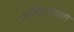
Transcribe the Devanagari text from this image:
फर्डिनांडने